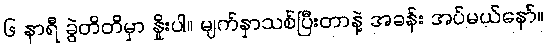
၆ နာရီ ခွဲတိတိမှာ နှိုးပါ။ မျက်နှာသစ်ပြီးတာနဲ့ အခန်း အပ်မယ်နော်။